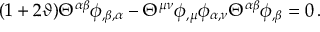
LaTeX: ( 1 + 2 \vartheta ) { \Theta } ^ { \alpha \beta } \phi _ { , \beta , \alpha } - { \Theta } ^ { \mu \nu } \phi _ { , \mu } \phi _ { \alpha , \nu } { \Theta } ^ { \alpha \beta } \phi _ { , \beta } = 0 \, .